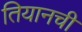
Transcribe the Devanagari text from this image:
तियानची